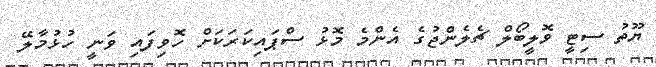
ޔޫތު ސިޓީ ވޮލީބޯލް ޗެލެންޖުގެ އެންމެ މޮޅު ސްޕައިކަރަކަށް ހޮވިފައި ވަނީ ހުޅުމާލޭ